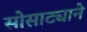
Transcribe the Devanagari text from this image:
सोसाट्याने